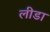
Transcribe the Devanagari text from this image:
लीडा